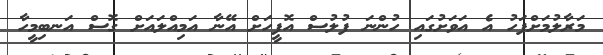
މަރާލުމަށްފަހު އެ އަވަށުގައި ހުންނަ ފުލުސް އޮފީހަށް އޭނާ އަމިއްލައަށް ގޮސް އަނބިމީހާ